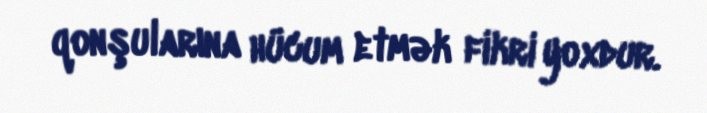
qonşularına hücum etmək fikri yoxdur.